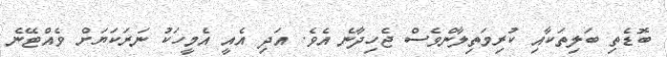
ބޮޑެތި ބަލިތަކާއި ކުރިމަތިލާންވެސް ޖެހިދާނެ އެވެ. އަދި އެއީ އެމީހަކު ނަރަކަޔަށް ވެއްޓޭނެ